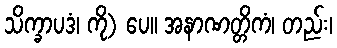
သိက္ခာပဒံ၊ ကို) ပေ။ အနာဏတ္တိကံ၊ တည်း၊